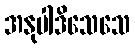
အနုပါဒိသေသေ